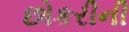
છોકરીની